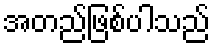
အတည်ဖြစ်ပါသည်